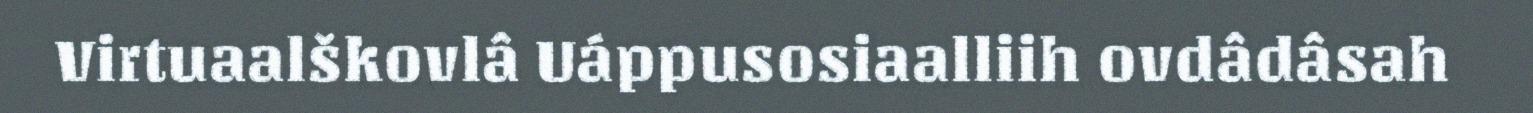
Virtuaalškovlâ Uáppusosiaalliih ovdâdâsah